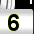
Digit: 6